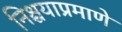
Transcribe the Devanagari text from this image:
निश्चयाप्रमाणे